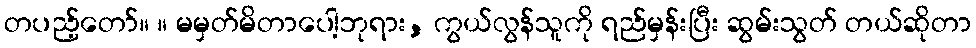
တပည့်တော်။ ။ မမှတ်မိတာပေါ့ဘုရား, ကွယ်လွန်သူကို ရည်မှန်းပြီး ဆွမ်းသွတ် တယ်ဆိုတာ